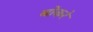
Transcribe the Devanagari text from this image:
बोकरे